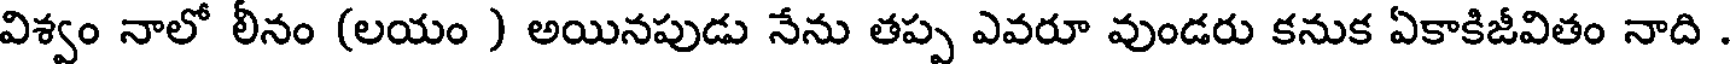
విశ్వం నాలో లీనం (లయం ) అయినపుడు నేను తప్ప ఎవరూ వుండరు కనుక ఏకాకిజీవితం నాది .